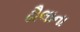
ઢૌલાના